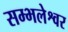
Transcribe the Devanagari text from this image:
सम्भलेश्वर